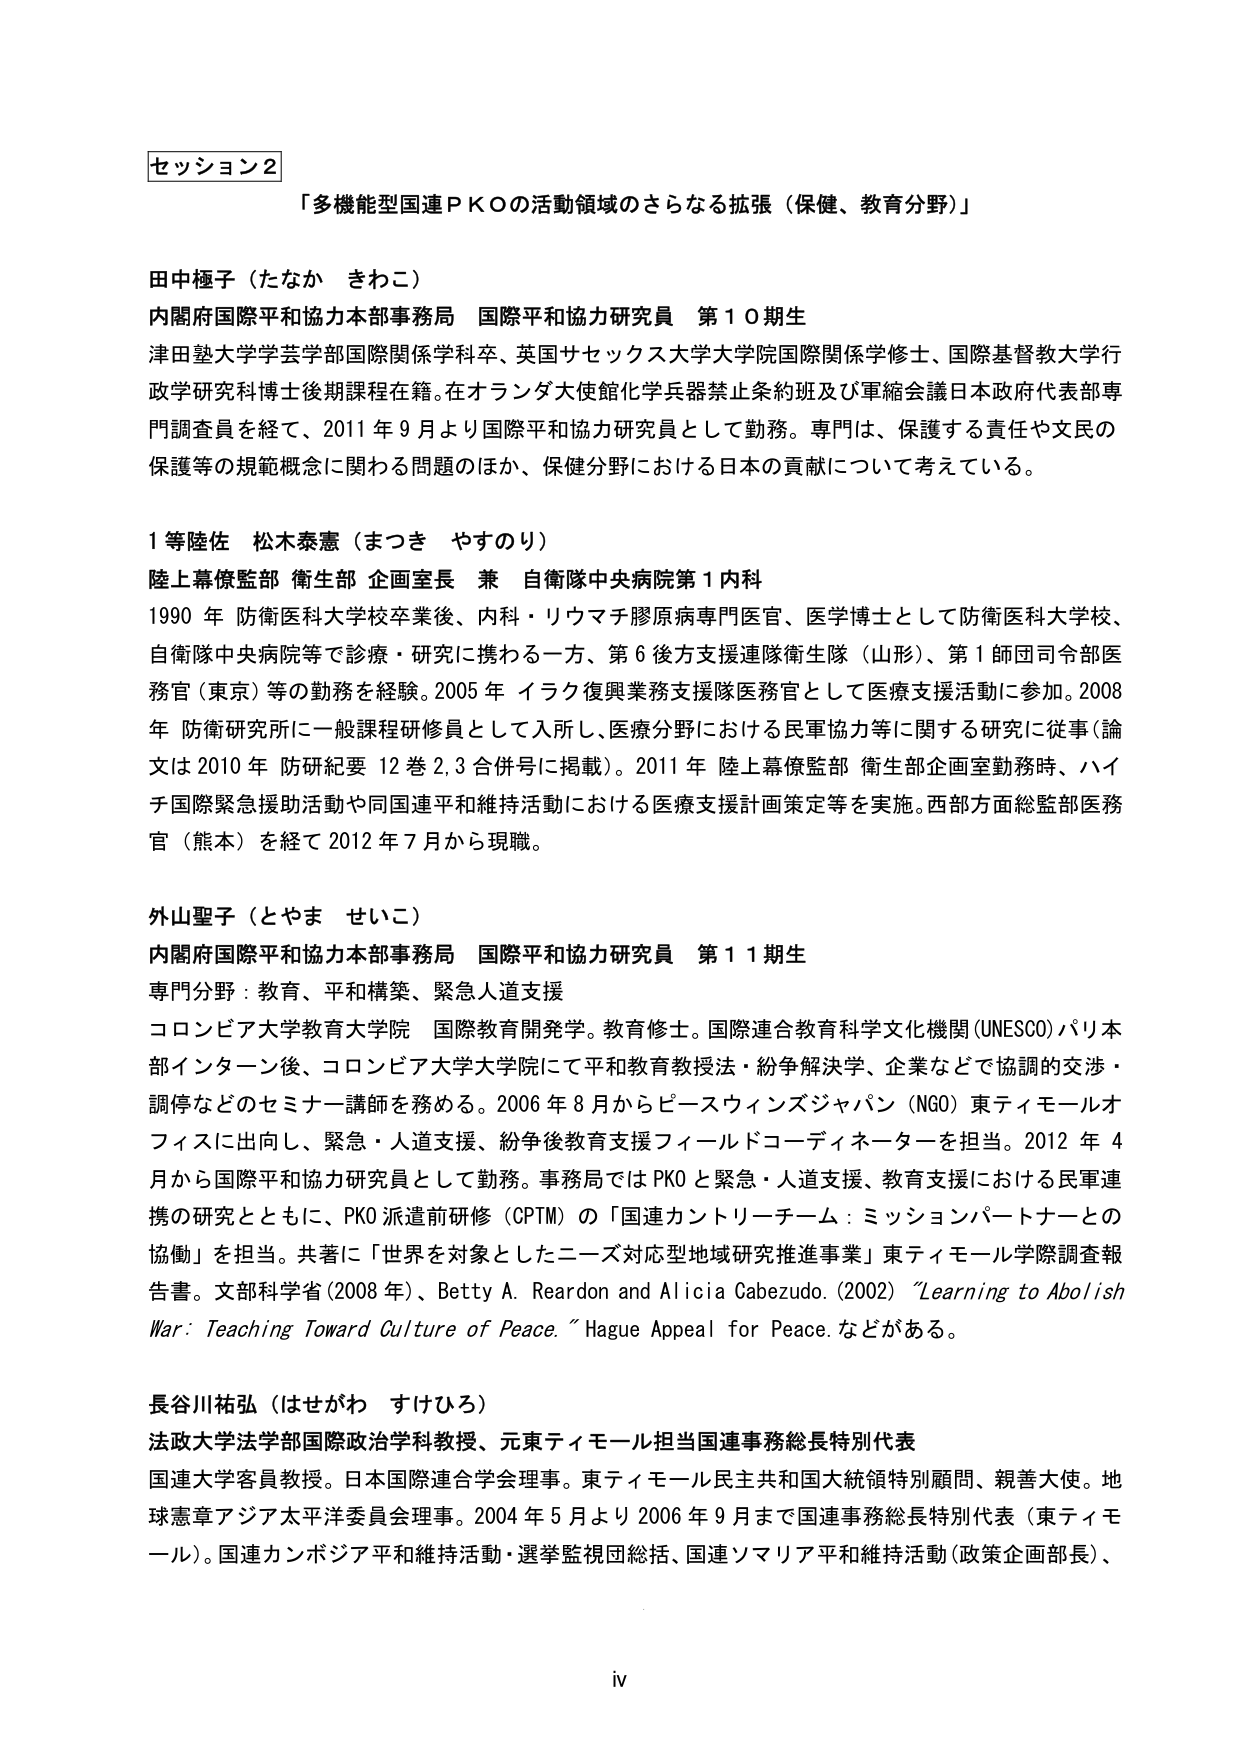
セッション2
「多機能型国連ＰＫＯの活動領域のさらなる拡張（保健、教育分野）」

田中極子（たなか きわこ）
内閣府国際平和協力本部事務局 国際平和協力研究員 第１０期生
津田塾大学学芸学部国際関係学科卒、英国サセックス大学大学院国際関係学修士、国際基督教大学行政学研究科博士後期課程在籍。在オランダ大使館化学兵器禁止条約班及び軍縮会議日本政府代表部専門調査員を経て、2011年9月より国際平和協力研究員として勤務。専門は、保護する責任や文民の保護等の規範概念に関わる問題のほか、保健分野における日本の貢献について考えている。

１等陸佐 松木泰憲（まつき やすのり）
陸上幕僚監部 衛生部 企画室長 兼 自衛隊中央病院第１内科
1990年 防衛医科大学校卒業後、内科・リウマチ膠原病専門医官、医学博士として防衛医科大学校、自衛隊中央病院等で診療・研究に携わる一方、第６後方支援連隊衛生隊（山形）、第１師団司令部医務官（東京）等の勤務を経験。2005年 イラク復興業務支援隊医務官として医療支援活動に参加。2008年 防衛研究所に一般課程研修員として入所し、医療分野における民軍協力等に関する研究に従事（論文は2010年 防研紀要 12巻2,3合併号に掲載）。2011年 陸上幕僚監部 衛生部企画室勤務時、ハイチ国際緊急援助活動や同国連平和維持活動における医療支援計画策定等を実施。西部方面総監部医務官（熊本）を経て2012年7月から現職。

外山聖子（とやま せいこ）
内閣府国際平和協力本部事務局 国際平和協力研究員 第１１期生
専門分野：教育、平和構築、緊急人道支援
コロンビア大学教育大学院 国際教育開発学。教育修士。国際連合教育科学文化機関（UNESCO）パリ本部インターン後、コロンビア大学大学院にて平和教育教授法・紛争解決学、企業などで協調的交渉・調停などのセミナー講師を務める。2006年8月からピースウィンズジャパン（NGO）東ティモールオフィスに出向し、緊急・人道支援、紛争後教育支援フィールドコーディネーターを担当。2012年4月から国際平和協力研究員として勤務。事務局ではPKOと緊急・人道支援、教育支援における民軍連携の研究とともに、PKO派遣前研修（CPTM）の「国連カントリーチーム：ミッションパートナーとの協働」を担当。共著に『世界を対象としたニーズ対応型地域研究推進事業』東ティモール学際調査報告書。文部科学省（2008年）、Betty A. Reardon and Alicia Cabezudo.（2002）"Learning to Abolish War: Teaching Toward Culture of Peace." Hague Appeal for Peace. などがある。

長谷川祐弘（はせがわ すけひろ）
法政大学法学部国際政治学科教授、元東ティモール担当国連事務総長特別代表
国連大学客員教授。日本国際連合学会理事。東ティモール民主共和国大統領特別顧問、親善大使。地球憲章アジア太平洋委員会理事。2004年5月より2006年9月まで国連事務総長特別代表（東ティモール）。国連カンボジア平和維持活動・選挙監視団総括、国連ソマリア平和維持活動（政策企画部長）、

iv